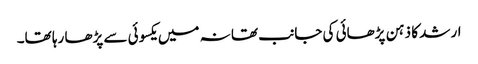
ارشد کا ذہن پڑھائی کی جانب تھا نہ میں یکسوئی سے پڑھا رہا تھا۔